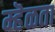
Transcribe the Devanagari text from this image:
म्हॆळता